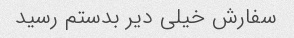
سفارش خیلی دیر بدستم رسید